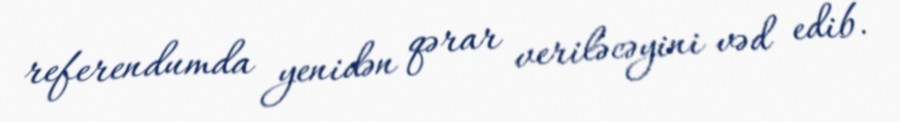
referendumda yenidən qərar veriləcəyini vəd edib.